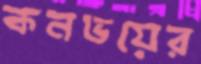
কনভয়ের